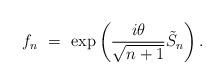
LaTeX: \begin{align*} f_n \ = \ \exp\left ( \frac{i \theta}{\sqrt{n+1}} \tilde S_n \right).\end{align*}